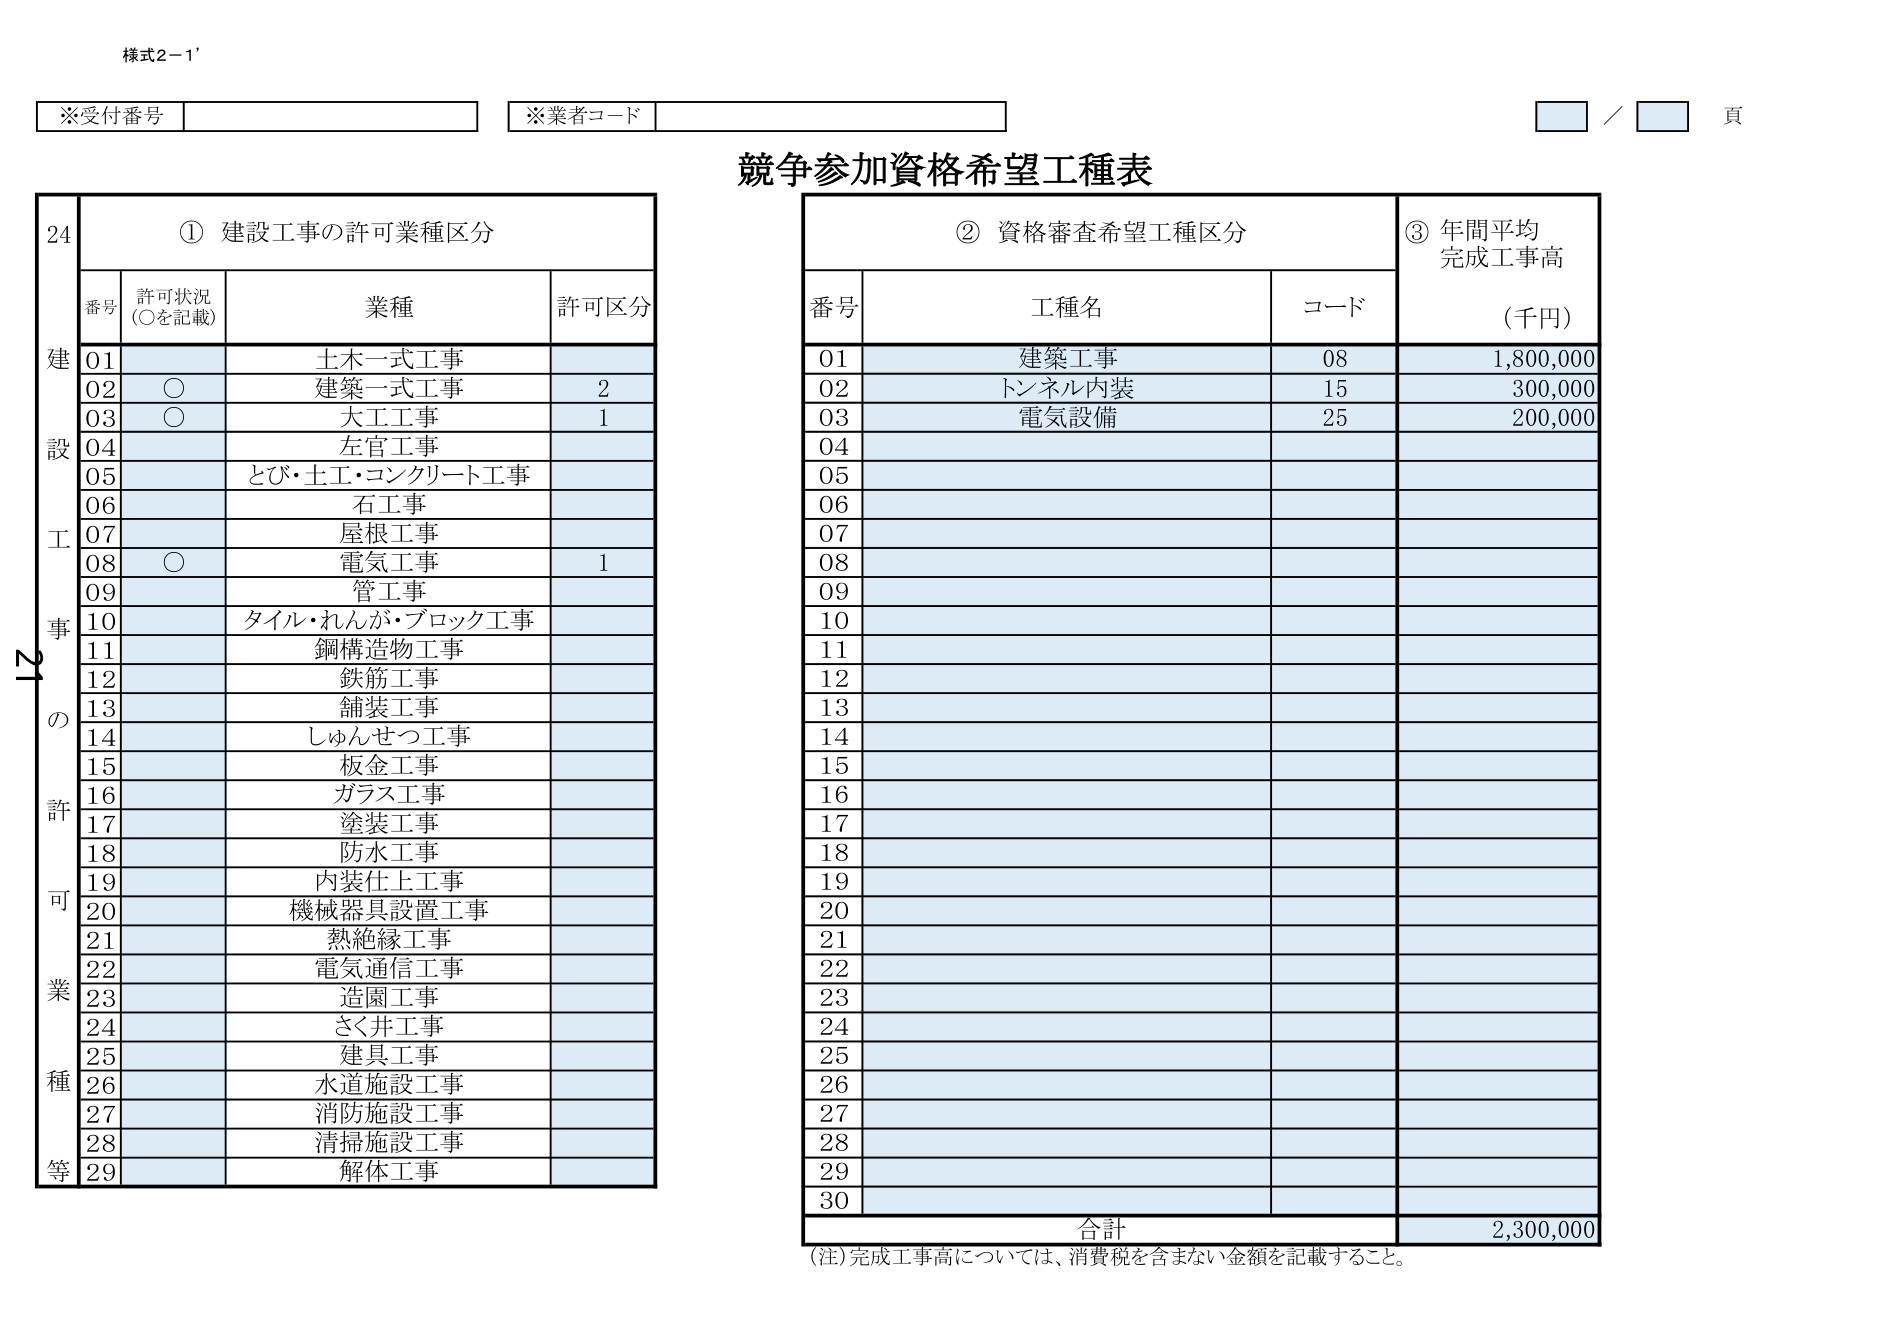
様式2-1'

※受付番号
※業者コード
／ 頁

競争参加資格希望工種表

① 建設工事の許可業種区分
番号 許可状況（○を記載） 業種 許可区分
01 土木一式工事
02 ○ 建築一式工事 2
03 ○ 大工工事 1
04 左官工事
05 とび・土工・コンクリート工事
06 石工事
07 屋根工事
08 ○ 電気工事 1
09 管工事
10 タイル・れんが・ブロック工事
11 鋼構造物工事
12 鉄筋工事
13 舗装工事
14 しゅんせつ工事
15 板金工事
16 ガラス工事
17 塗装工事
18 防水工事
19 内装仕上工事
20 機械器具設置工事
21 熱絶縁工事
22 電気通信工事
23 造園工事
24 さく井工事
25 建具工事
26 水道施設工事
27 消防施設工事
28 清掃施設工事
29 解体工事

② 資格審査希望工種区分
番号 工種名 コード
01 建築工事 08
02 トンネル内装 15
03 電気設備 25

③ 年間平均完成工事高（千円）
1,800,000
300,000
200,000

合計 2,300,000

（注）完成工事高については、消費税を含まない金額を記載すること。

24
建設工事の許可業種等